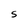
Character: S